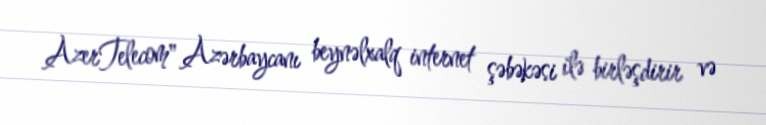
AzerTelecom" Azərbaycanı beynəlxalq internet şəbəkəsi ilə birləşdirir və